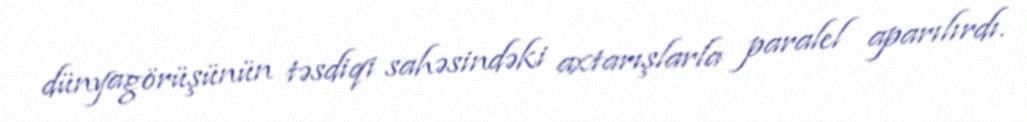
dünyagörüşünün təsdiqi sahəsindəki axtarışlarla paralel aparılırdı.